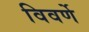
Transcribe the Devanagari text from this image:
विवर्णे